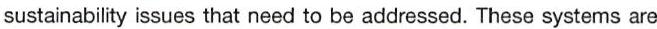
sustainability issues that need to be addressed. These systems are